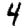
Digit: 4